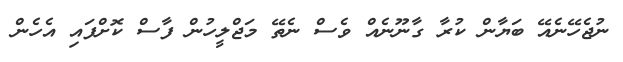
ނުޖެހޭނެއޭ ބަޔާން ކުރާ ގާނޫނެއް ވެސް ނެތޭ މަޖްލީހުން ފާސް ކޮށްފައި އެހެން